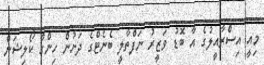
މިއީ އިސްރާއީލުގެ އާ ބޮޑު ވަޒީރު ނަފްތާލީ ބެނެޓްގެ ދަށުން ހިންގާ ކޯލިޝަން